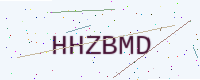
Text: HHZBMD